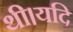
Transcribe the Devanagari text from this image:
थी।यदि